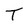
Character: T